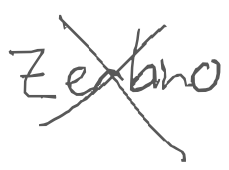
Text: Zerbino
Cross-out: cross
Writing tool: digital_gray